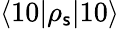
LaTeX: \langle10|\rho_{\mathsf{s}}|10\rangle